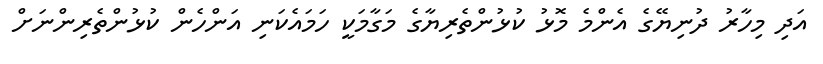
އަދި މިހާރު ދުނިޔޭގެ އެންމެ މޮޅު ކުޅުންތެރިޔާގެ މަގާމަކީ ހަމައެކަނި އަންހެން ކުޅުންތެރިންނަށް